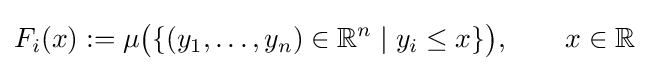
F_{i}(x):=\mu {\bigl (}\{(y_{1},\ldots ,y_{n})\in {\mathbb {R} }^{n}\mid y_{i}\leq x\}{\bigr )},\qquad x\in {\mathbb {R} }